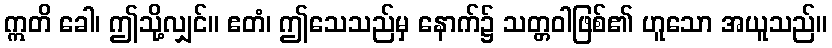
ဣတိ ခေါ၊ ဤသို့လျှင်။ ဧတံ၊ ဤသေသည်မှ နောက်၌ သတ္တဝါဖြစ်၏ ဟူသော အယူသည်။